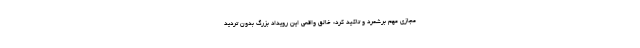
مجازی مهم برشمرد و تاکید کرد: خالق واقعی این رویداد بزرگ بدون تردید